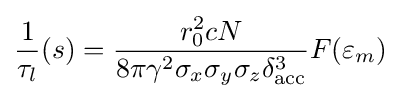
{\frac {1}{\tau _{l}}}(s)={\frac {r_{0}^{2}cN}{8\pi \gamma ^{2}\sigma _{x}\sigma _{y}\sigma _{z}\delta _{\mathrm {acc} }^{3}}}F(\varepsilon _{m})